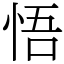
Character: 悟